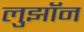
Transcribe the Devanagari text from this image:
लुझॉन